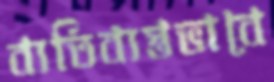
ব্যতিব্যস্তভাবে